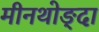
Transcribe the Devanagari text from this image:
मीनथोङ्दा